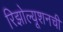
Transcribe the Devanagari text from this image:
रिझोल्यूशनची